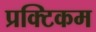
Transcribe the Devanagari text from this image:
प्रक्टिकम